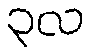
၃လ